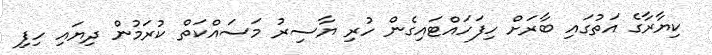
ކިޔާރާގެ އަތުގައި ބާރަށް ހިފަހައްޓައިގެން ހުރި ޔާސިރު މަސައްކަތް ކުރަމުން ދިޔައި ހިފި